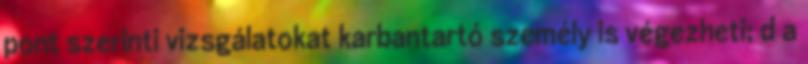
pont szerinti vizsgálatokat karbantartó személy is végezheti; d a